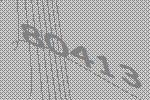
80413